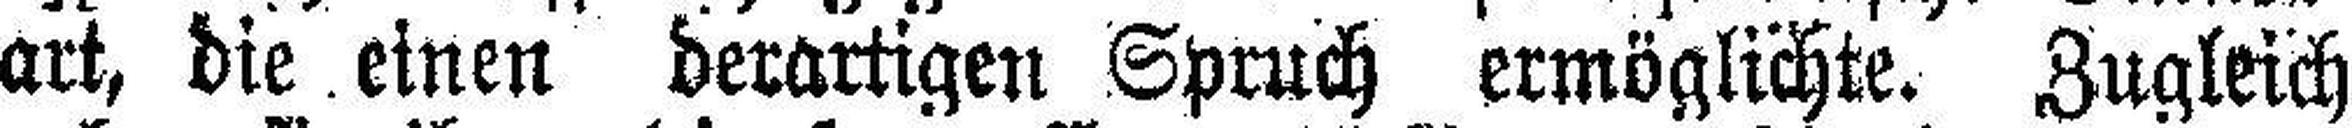
art, die einen derartigen Spruch ermöglichte. Zugleich